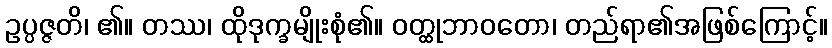
ဥပ္ပဇ္ဇတိ၊ ၏။ တဿ၊ ထိုဒုက္ခမျိုးစုံ၏။ ဝတ္ထုဘာဝတော၊ တည်ရာ၏အဖြစ်ကြောင့်။